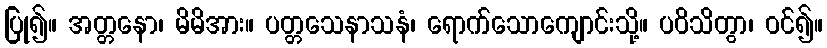
ပြု၍။ အတ္တနော၊ မိမိအား။ ပတ္တသေနာသနံ၊ ရောက်သောကျောင်းသို့။ ပဝိသိတွာ၊ ဝင်၍။